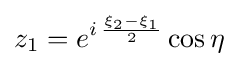
z_{1}=e^{i\,{\frac {\xi _{2}-\xi _{1}}{2}}}\cos \eta